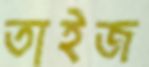
তাইজ